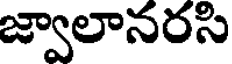
జ్వాలానరసి